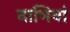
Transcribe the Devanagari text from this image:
नाभियां